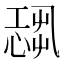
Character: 𢟃